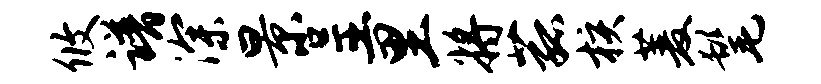
攸谱深景呈里将菰核菱髦